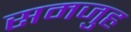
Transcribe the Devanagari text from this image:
समजुह